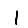
Digit: 1